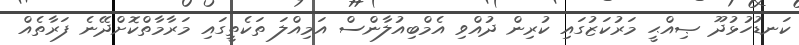
ކަނޑުހުޅުދޫ ޞިއްޙީ މަރުކަޒުގައި ކުރިން ދުއްވި އެމްބިއުލާންސް އަމިއްލަ ތަކެތީގައި މަރާމާތްކޮށްދޭނެ ފަރާތެއް